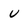
Character: U